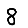
Digit: 8